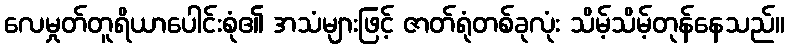
လေမှုတ်တူရိယာပေါင်းစုံ၏ အသံများဖြင့် ဇာတ်ရုံတစ်ခုလုံး သိမ့်သိမ့်တုန်နေသည်။